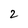
Character: 2